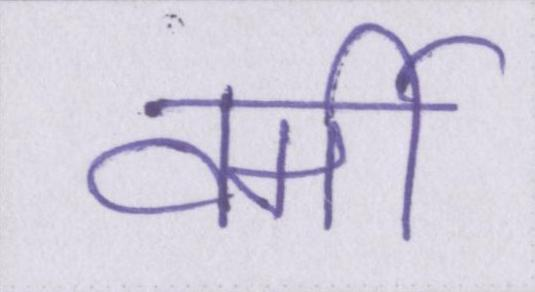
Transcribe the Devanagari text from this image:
वर्मी